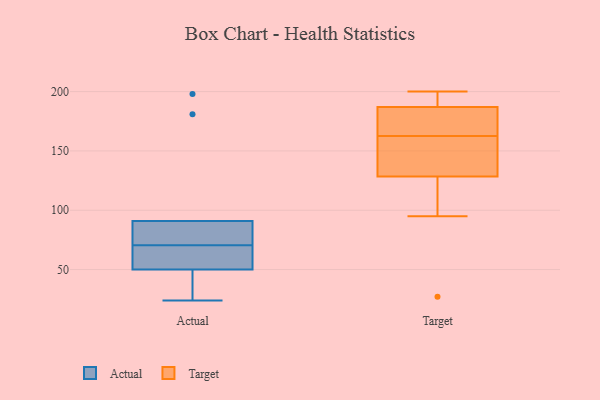
{"axis": {"x": "Satisfaction Score", "y": "Value"}, "legend": ["Actual", "Target"], "data": [{"x": "", "y": 46, "type": "Actual"}, {"x": "", "y": 59, "type": "Actual"}, {"x": "", "y": 82, "type": "Actual"}, {"x": "", "y": 198, "type": "Actual"}, {"x": "", "y": 24, "type": "Actual"}, {"x": "", "y": 86, "type": "Actual"}, {"x": "", "y": 50, "type": "Actual"}, {"x": "", "y": 91, "type": "Actual"}, {"x": "", "y": 181, "type": "Actual"}, {"x": "", "y": 58, "type": "Actual"}, {"x": "", "y": 174, "type": "Target"}, {"x": "", "y": 197, "type": "Target"}, {"x": "", "y": 95, "type": "Target"}, {"x": "", "y": 158, "type": "Target"}, {"x": "", "y": 27, "type": "Target"}, {"x": "", "y": 167, "type": "Target"}, {"x": "", "y": 200, "type": "Target"}, {"x": "", "y": 135, "type": "Target"}, {"x": "", "y": 200, "type": "Target"}, {"x": "", "y": 154, "type": "Target"}, {"x": "", "y": 177, "type": "Target"}, {"x": "", "y": 122, "type": "Target"}]}